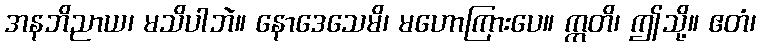
အနဘိညာယ၊ မသိပါဘဲ။ နောဒေသေမိ၊ မဟောကြားပေ။ ဣတိ၊ ဤသို့။ ဧတံ၊